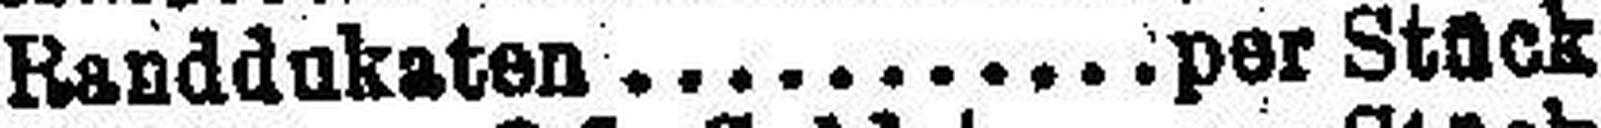
Randdukaton per Stück